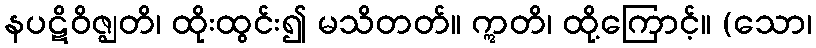
နပဋိဝိဇ္ဈတိ၊ ထိုးထွင်း၍ မသိတတ်။ ဣတိ၊ ထို့ကြောင့်။ (သော၊